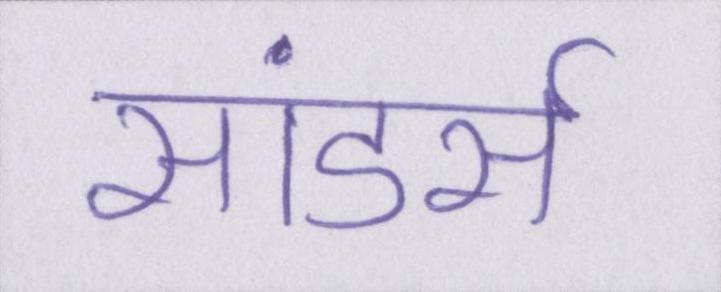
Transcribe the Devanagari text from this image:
सांडर्स